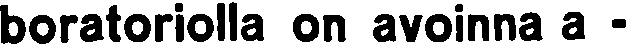
boratoriolla on avoinna a -